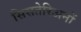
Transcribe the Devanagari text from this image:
सिसतेरिअनों